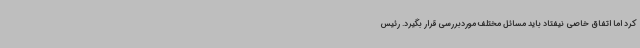
کرد اما اتفاق خاصی نیفتاد باید مسائل مختلف موردبررسی قرار بگیرد. رئیس